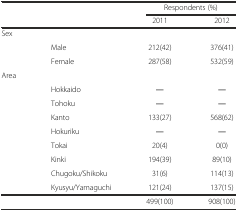
<table><thead><tr><td></td><td></td><td colspan="2"><b>Respondents (%)</b></td></tr><tr><td></td><td></td><td><b>2011</b></td><td><b>2012</b></td></tr></thead><tbody><tr><td>Sex</td><td></td><td></td><td></td></tr><tr><td></td><td>Male</td><td>212(42)</td><td>376(41)</td></tr><tr><td></td><td>Female</td><td>287(58)</td><td>532(59)</td></tr><tr><td>Area</td><td></td><td></td><td></td></tr><tr><td></td><td>Hokkaido</td><td>―</td><td>―</td></tr><tr><td></td><td>Tohoku</td><td>―</td><td>―</td></tr><tr><td></td><td>Kanto</td><td>133(27)</td><td>568(62)</td></tr><tr><td></td><td>Hokuriku</td><td>―</td><td>―</td></tr><tr><td></td><td>Tokai</td><td>20(4)</td><td>0(0)</td></tr><tr><td></td><td>Kinki</td><td>194(39)</td><td>89(10)</td></tr><tr><td></td><td>Chugoku/Shikoku</td><td>31(6)</td><td>114(13)</td></tr><tr><td></td><td>Kyusyu/Yamaguchi</td><td>121(24)</td><td>137(15)</td></tr><tr><td></td><td></td><td>499(100)</td><td>908(100)</td></tr></tbody></table>